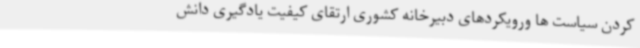
کردن سیاست ها ورویکردهای دبیرخانه کشوری ارتقای کیفیت یادگیری دانش